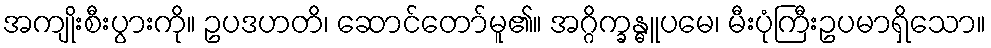
အကျိုးစီးပွားကို။ ဥပဒဟတိ၊ ဆောင်တော်မူ၏။ အဂ္ဂိက္ခန္ဓူပမေ၊ မီးပုံကြီးဥပမာရှိသော။